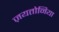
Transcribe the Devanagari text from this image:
ज़यतोनिया